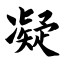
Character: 凝